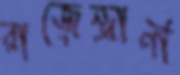
রাজেন্দ্রাণী